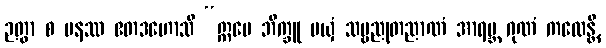
ဉတွာ စ ပနဿ ဧတဒဟောသိ “ဣမေ ဘိက္ခူ မယှံ သဗ္ဗညုတညာဏံ အာရဗ္ဘ ဂုဏံ ကထေန္တိ,